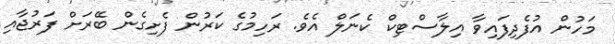
މަހުން އުފެދިފައިވާ އިލާސްޓިކް ކެނަލް އެވެ. ރަހިމުގެ ކަރުން ފެށިގެން ބޭރަށް ފަރުޖާއި